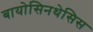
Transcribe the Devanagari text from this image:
बायोसिनथेसिस